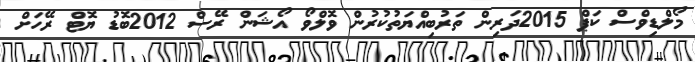
މޯލްޑިވްސް ކަޕް 2015ދަރިން ތަރުބިއްޔަތުކުރުން ވޮލްވޯ އޯޝަން ރޭސް 2012ބޮޑު ޔޮޓް ރޭހަށް